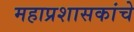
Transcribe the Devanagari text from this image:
महाप्रशासकांचे